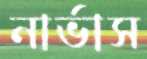
নার্ভাস